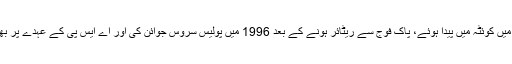
وہ 1973 میں کوئٹہ میں پیدا ہوئے، پاک فوج سے ریٹائر ہونے کے بعد 1996 میں پولیس سروس جوائن کی اور اے ایس پی کے عہدے پر بھرتی ہوئے۔